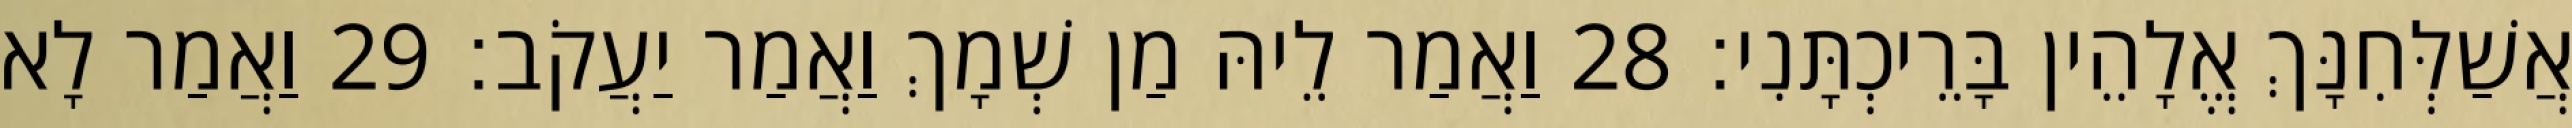
אֲשַׁלְּחִנָּךְ אֱלָהֵין בָּרֵיכְתָּנִי׃ 28 וַאֲמַר לֵיהּ מַן שְׁמָךְ וַאֲמַר יַעֲקֹב׃ 29 וַאֲמַר לָא